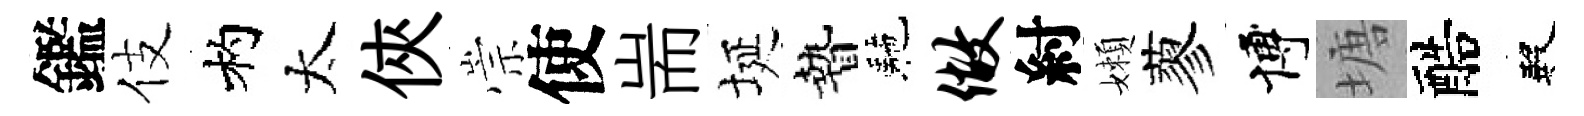
鑑伎杓太俠崇使耑埏贄駰做紂嬾蓼博塘醅殿